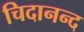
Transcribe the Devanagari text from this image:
चिदानन्‍द